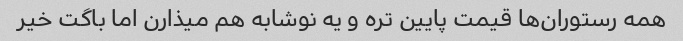
همه رستوران‌ها قیمت پایین تره و یه نوشابه هم میذارن اما باگت خیر